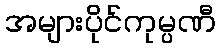
အများပိုင်ကုမ္ပဏီ